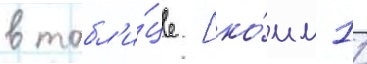
в табл'и́це [ко́мм 11